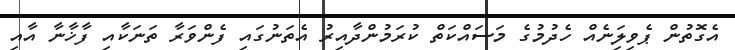
އެގޮތުން ޕެވިލިަނެއް ހެދުމުގެ މަސައްކަތް ކުރަމުންދާއިރު އެތަނުގައި ފެންވަރާ ތަނަކާއި ފާޚާނާ އާއި